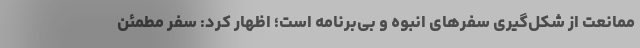
ممانعت از شکل‌گیری سفرهای انبوه و بی‌برنامه است؛ اظهار کرد: سفر مطمئن